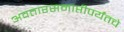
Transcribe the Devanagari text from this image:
अवतारसमाप्तीपर्यंतचे